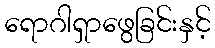
ရောဂါရှာဖွေခြင်းနှင့်